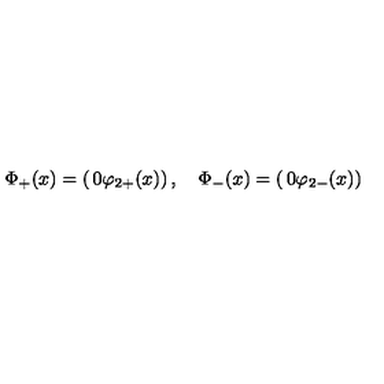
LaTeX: \Phi _ { + } ( x ) = \left( \begin{matrix} { 0 } \\ { \varphi _ { 2 + } ( x ) } \\ \end{matrix} \right) , \quad \Phi _ { - } ( x ) = \left( \begin{matrix} { 0 } \\ { \varphi _ { 2 - } ( x ) } \\ \end{matrix} \right)